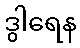
ဒွါရေန